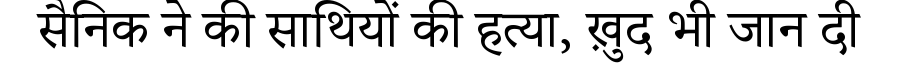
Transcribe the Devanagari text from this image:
सैनिक ने की साथियों की हत्या, ख़ुद भी जान दी